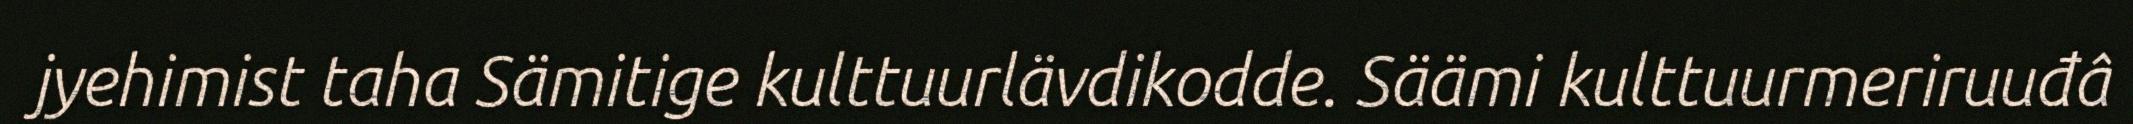
jyehimist taha Sämitige kulttuurlävdikodde. Säämi kulttuurmeriruuđâ